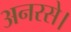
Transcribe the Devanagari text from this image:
अनरसे।